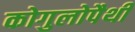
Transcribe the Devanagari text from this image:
कोगुलोपैथी